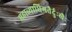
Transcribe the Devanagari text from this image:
महाव्याधिगतैर्दुःखैः